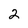
Character: 2